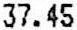
37.45